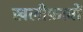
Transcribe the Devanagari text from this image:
खलीफ़ावों